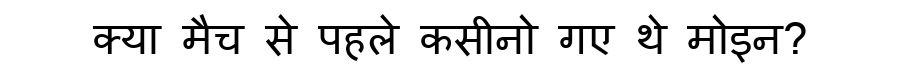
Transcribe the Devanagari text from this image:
क्या मैच से पहले कसीनो गए थे मोइन?